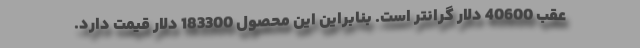
عقب 40600 دلار گرانتر است. بنابراین این محصول 183300 دلار قیمت دارد.